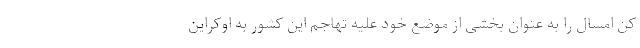
کن امسال را به عنوان بخشی از موضع خود علیه تهاجم این کشور به اوکراین